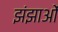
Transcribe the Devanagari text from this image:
झंझाओं